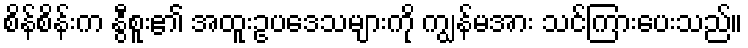
စိန်စိန်းက နွီစူး၏ အထူးဥပဒေသများကို ကျွန်မအား သင်ကြားပေးသည်။